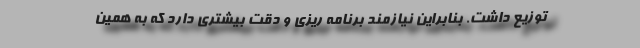
توزیع داشت. بنابراین نیازمند برنامه ریزی و دقت بیشتری دارد که به همین